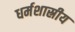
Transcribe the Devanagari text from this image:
धर्मशास्रीय